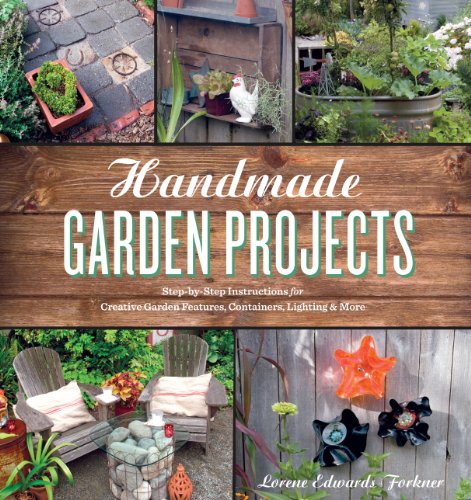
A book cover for Handmade Garden Projects: Step-by-Step Instructions for Creative Garden Features, Containers, Lighting & More; Lorene Edwards Forkner; Crafts, Hobbies & Home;